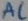
Text: AC